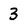
Character: 3